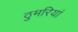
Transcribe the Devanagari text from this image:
ठुमरियां